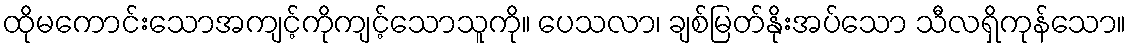
ထိုမကောင်းသောအကျင့်ကိုကျင့်သောသူကို။ ပေသလာ၊ ချစ်မြတ်နိုးအပ်သော သီလရှိကုန်သော။